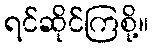
ရင်ဆိုင်ကြစို့။